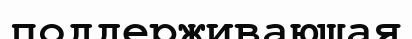
поддерживающая